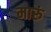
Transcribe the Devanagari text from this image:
मारुं